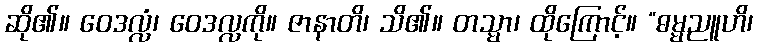
ဆို၏။ ဝေဒလ္လံ၊ ဝေဒလ္လကို။ ဇာနာတိ၊ သိ၏။ တသ္မာ၊ ထိုကြောင့်။ “ဓမ္မညူဟိ၊